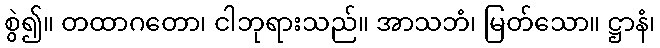
စွဲ၍။ တထာဂတော၊ ငါဘုရားသည်။ အာသဘံ၊ မြတ်သော။ ဋ္ဌာနံ၊